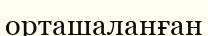
орташаланған